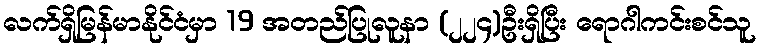
လက်ရှိမြန်မာနိုင်ငံမှာ 19 အတည်ပြုလူနာ (၂၂၄)ဦးရှိပြီး ရောဂါကင်းစင်သူ